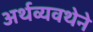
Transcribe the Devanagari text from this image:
अर्थव्यवथेने